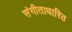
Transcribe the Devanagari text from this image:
संगीताधारित